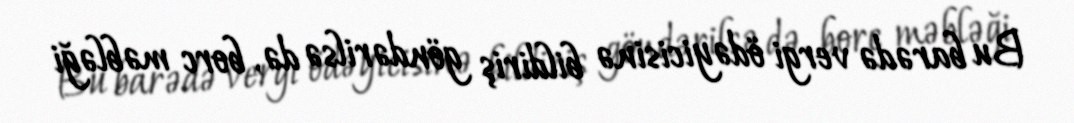
Bu barədə vergi ödəyicisinə bildiriş göndərilsə də, borc məbləği